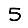
Digit: 5